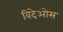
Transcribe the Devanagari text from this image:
विदेओस